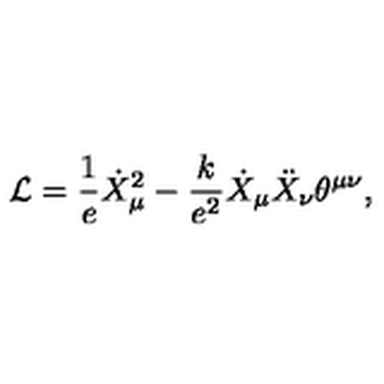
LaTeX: { \cal L } = \frac { 1 } { e } \dot { X } _ { \mu } ^ { 2 } - \frac { k } { e ^ { 2 } } \dot { X } _ { \mu } \ddot { X } _ { \nu } \theta ^ { \mu \nu } ,